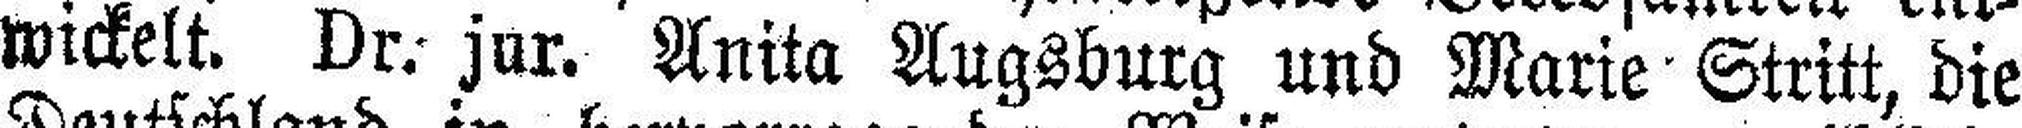
wickelt. Dr. jur. Anita Augsburg und Marie Stritt, die